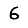
Digit: 6